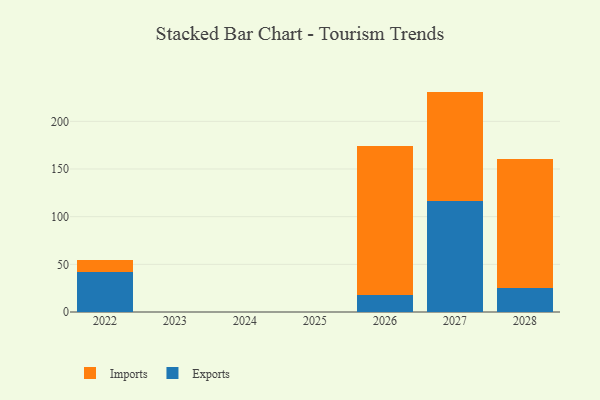
{"axis": {"x": "Year", "y": "Page Views"}, "legend": ["Exports", "Imports"], "data": [{"x": "2027", "y": 116.7, "type": "Exports"}, {"x": "2027", "y": 114.5, "type": "Imports"}, {"x": "2028", "y": 25.1, "type": "Exports"}, {"x": "2028", "y": 135.0, "type": "Imports"}, {"x": "2022", "y": 42.2, "type": "Exports"}, {"x": "2022", "y": 12.3, "type": "Imports"}, {"x": "2026", "y": 17.9, "type": "Exports"}, {"x": "2026", "y": 156.6, "type": "Imports"}]}